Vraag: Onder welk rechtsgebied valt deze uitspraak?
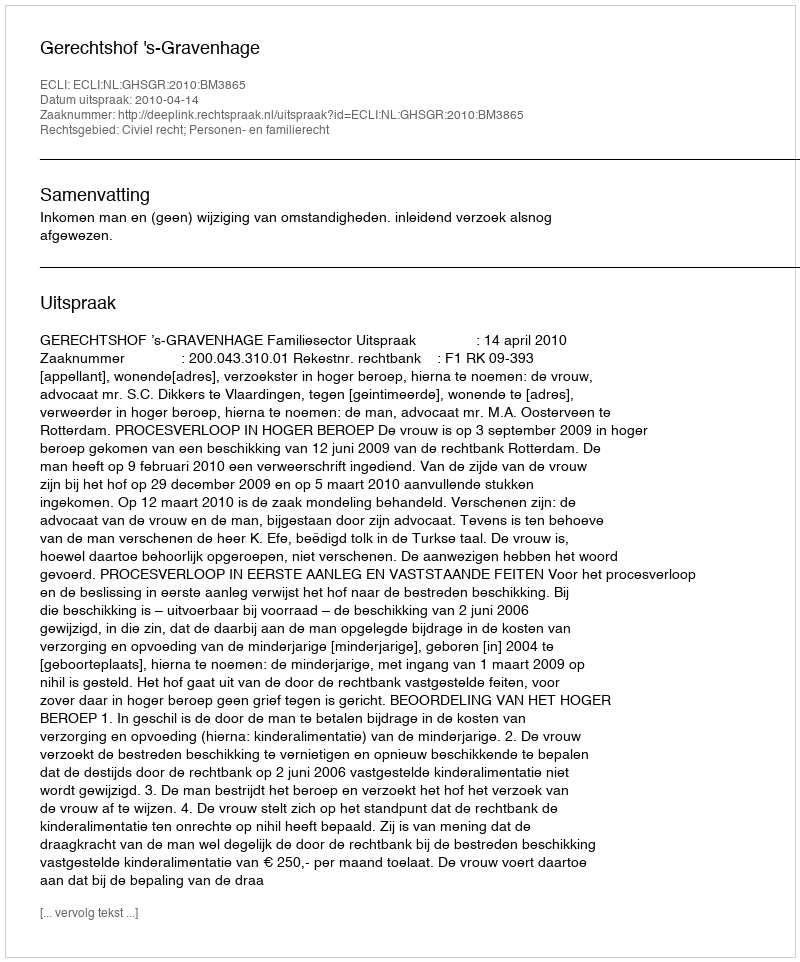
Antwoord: Civiel recht; Personen- en familierecht